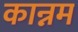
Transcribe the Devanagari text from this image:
कान्नम